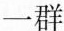
一群